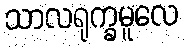
သာလရုက္ခမူလေ